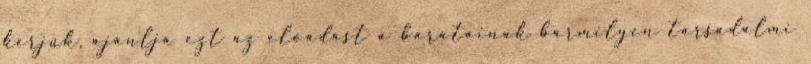
kérjük, ajánlja ezt az előadást a barátainak bármilyen társadalmi